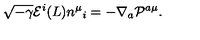
\sqrt { - \gamma } { \cal E } ^ { i } ( L ) n ^ { \mu } { } _ { i } = - \nabla _ { a } { \cal P } ^ { a \mu } .